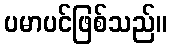
ပမာပင်ဖြစ်သည်။